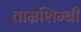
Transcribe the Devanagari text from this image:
ताम्रशिम्बी